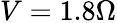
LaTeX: V=1.8\Omega